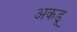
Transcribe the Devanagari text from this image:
अकडू